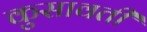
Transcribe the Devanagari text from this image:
कुसावती